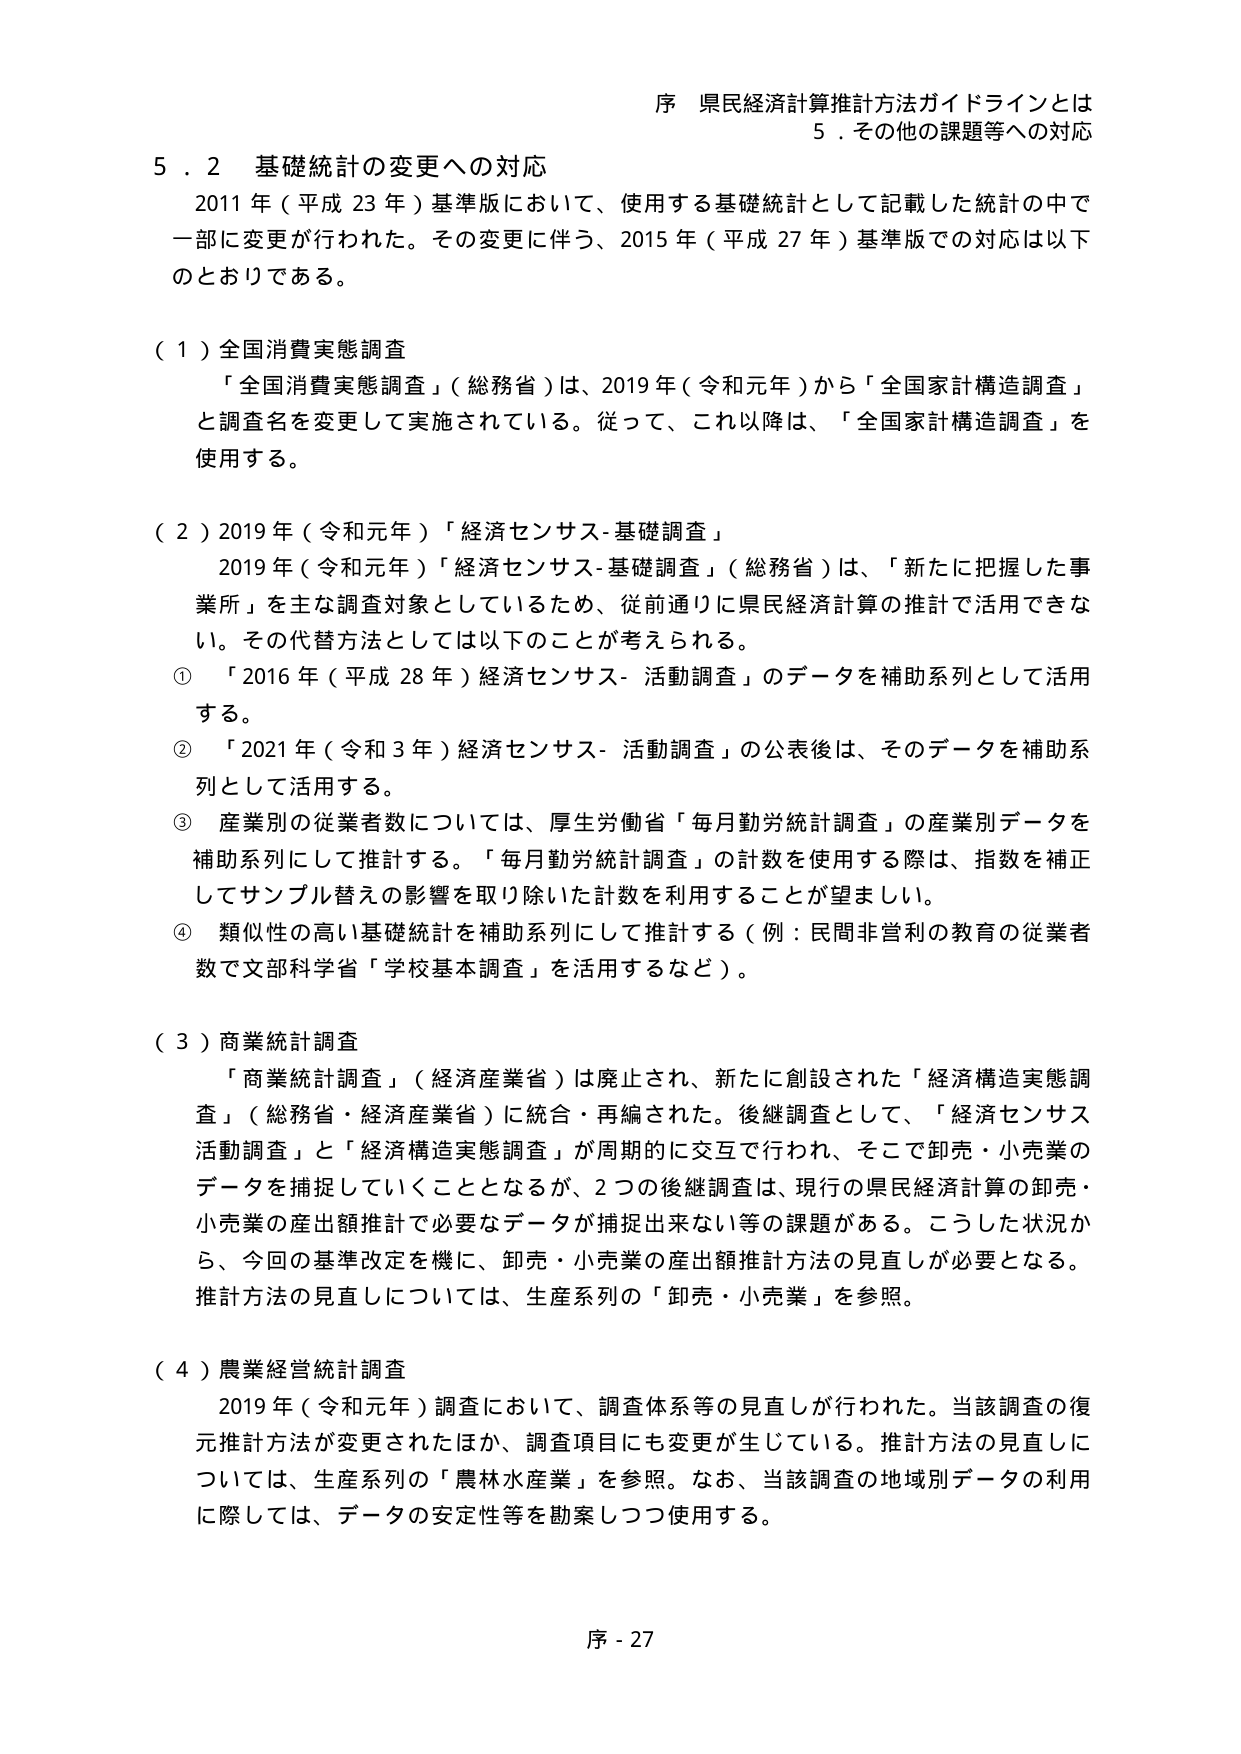
序 県民経済計算推計方法ガイドラインとは
５．その他の課題等への対応

５．２ 基礎統計の変更への対応
　2011年（平成23年）基準版において、使用する基礎統計として記載した統計の中で一部に変更が行われた。その変更に伴う、2015年（平成27年）基準版での対応は以下のとおりである。

（１）全国消費実態調査
　「全国消費実態調査」（総務省）は、2019年（令和元年）から「全国家計構造調査」と調査名を変更して実施されている。従って、これ以降は、「全国家計構造調査」を使用する。

（２）2019年（令和元年）「経済センサス-基礎調査」
　2019年（令和元年）「経済センサス-基礎調査」（総務省）は、「新たに把握した事業所」を主な調査対象としているため、従前通りに県民経済計算の推計で活用できない。その代替方法としては以下のことと考えられる。
①　「2016年（平成28年）経済センサス-活動調査」のデータを補助系列として活用する。
②　「2021年（令和3年）経済センサス-活動調査」の公表後は、そのデータを補助系列として活用する。
③　産業別の従業者数については、厚生労働省「毎月勤労統計調査」の産業別データを補助系列にして推計する。「毎月勤労統計調査」の計数を使用する際は、指数を補正してサンプル替えの影響を取り除いた計数を利用することが望ましい。
④　類似性の高い基礎統計を補助系列にして推計する（例：民間非営利の教育の従業者数で文部科学省「学校基本調査」を活用するなど）。

（３）商業統計調査
　「商業統計調査」（経済産業省）は廃止され、新たに創設された「経済構造実態調査」（総務省・経済産業省）に統合・再編された。後継調査として、「経済センサス活動調査」と「経済構造実態調査」が周期的に交互で行われ、そこで卸売・小売業のデータを捕捉していくこととなるが、2つの後継調査は、現行の県民経済計算の卸売・小売業の産出額推計で必要なデータが捕捉出来ない等の課題がある。こうした状況から、今回の基準改定を機に、卸売・小売業の産出額推計方法の見直しが必要となる。推計方法の見直しについては、生産系列の「卸売・小売業」を参照。

（４）農業経営統計調査
　2019年（令和元年）調査において、調査体系等の見直しが行われた。当該調査の復元推計方法が変更されたほか、調査項目にも変更が生じている。推計方法の見直しについては、生産系列の「農林水産業」を参照。なお、当該調査の地域別データの利用に際しては、データの安定性等を勘案しつつ使用する。

序 - 27